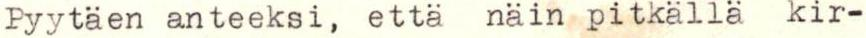
Pyytäen anteeksi, etta näin pitkällä kir-